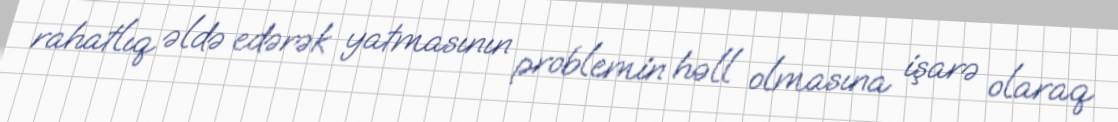
rahatlıq əldə edərək yatmasının problemin həll olmasına işarə olaraq